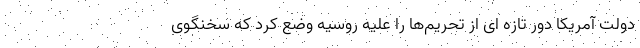
دولت آمریکا دور تازه ای از تحریم‌ها را علیه روسیه وضع کرد که سخنگوی